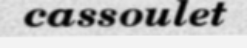
cassoulet